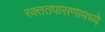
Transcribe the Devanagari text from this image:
रक्ततपासणामध्ये